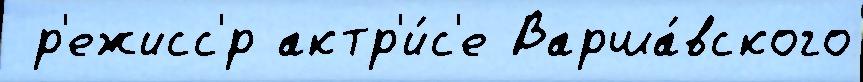
 р'ежисс'́р актр'и́с'е Варша́вского